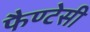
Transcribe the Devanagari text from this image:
फैण्टेसी